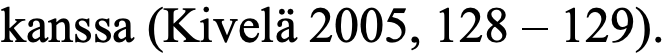
kanssa (Kivelä 2005, 128 – 129).